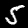
Digit: 5